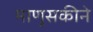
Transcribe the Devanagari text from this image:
माणुसकीने